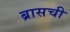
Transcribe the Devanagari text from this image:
ब्रासची